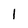
Character: 1